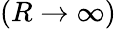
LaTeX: \left(R\to\infty\right)